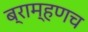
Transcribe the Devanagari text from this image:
ब्राम्हणच